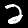
Label: 2